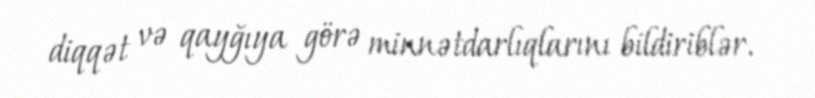
diqqət və qayğıya görə minnətdarlıqlarını bildiriblər.